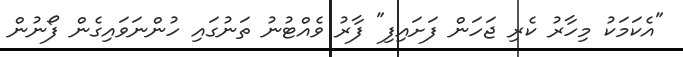
"އެކަމަކު މިހާރު ކެރި ޖަހަން ފަށައިފި" ފާރު ވެއްޓުނު ތަނުގައި ހުންނަވައިގެން ފޯނުން